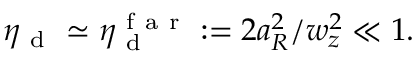
\eta _ { \mathrm { ~ d ~ } } \simeq \eta _ { \mathrm { ~ d ~ } } ^ { \mathrm { ~ f ~ a ~ r ~ } } : = 2 a _ { R } ^ { 2 } / w _ { z } ^ { 2 } \ll 1 .